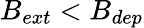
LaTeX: B_{ext}<B_{dep}